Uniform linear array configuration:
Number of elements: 64
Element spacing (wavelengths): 0.25
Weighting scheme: binomial
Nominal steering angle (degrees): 0
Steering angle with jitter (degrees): -1.948
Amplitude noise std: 0.05
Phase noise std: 0.05

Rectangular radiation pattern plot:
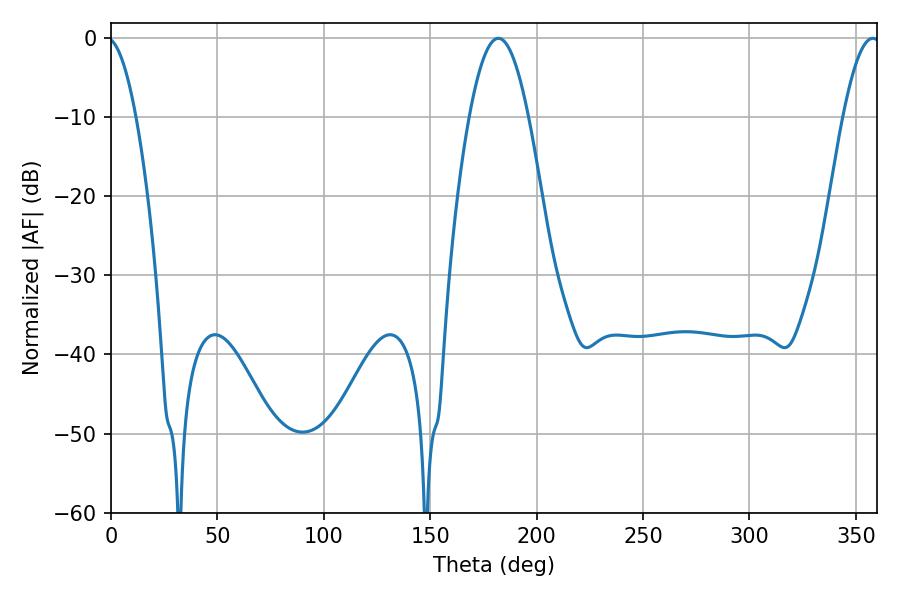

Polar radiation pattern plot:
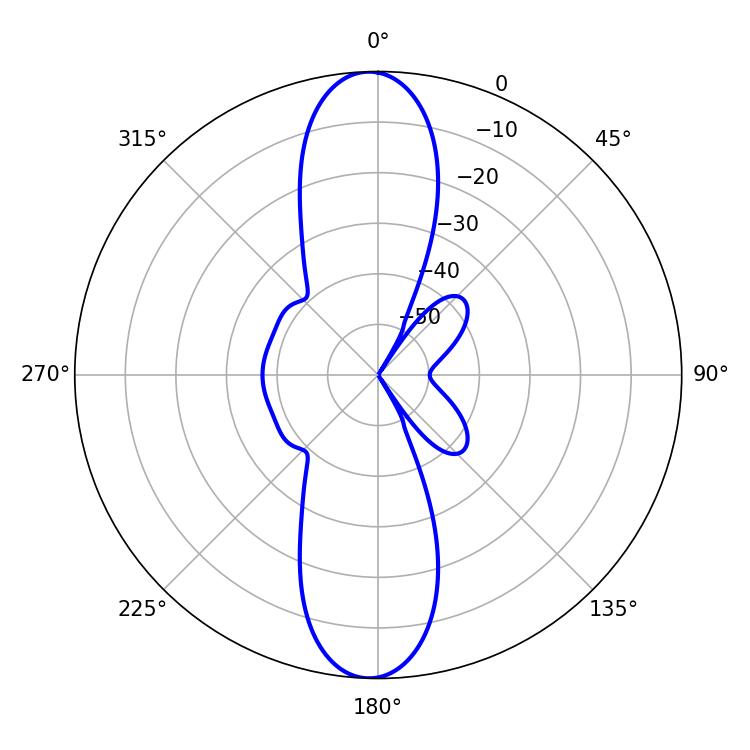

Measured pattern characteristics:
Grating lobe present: FALSE
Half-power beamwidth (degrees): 14.94
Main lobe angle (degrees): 181.98